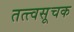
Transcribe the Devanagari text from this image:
तत्त्वसूचक